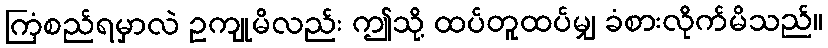
ကြံစည်ရမှာလဲ ဥကျုမိလည်း ဤသို့ ထပ်တူထပ်မျှ ခံစားလိုက်မိသည်။